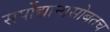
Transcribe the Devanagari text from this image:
सर्पोद्यानासोबतच